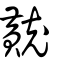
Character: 𪎽